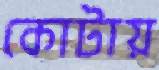
কোটায়